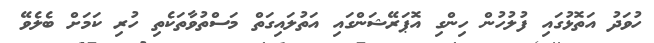
ހުވަދު އަތޮޅުގައި ފުލުހުން ހިންގި އޮޕަރޭޝަންގައި އަތުލައިގަތް މަސްތުވާތަކެތި ހުރި ކަމަށް ބެލެވޭ